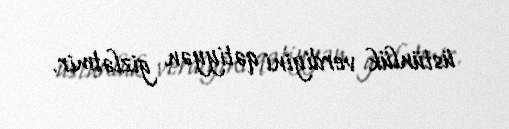
üstünlük verdiyini qətiyyən gizlətmir.